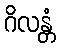
ဂိလန္တံ